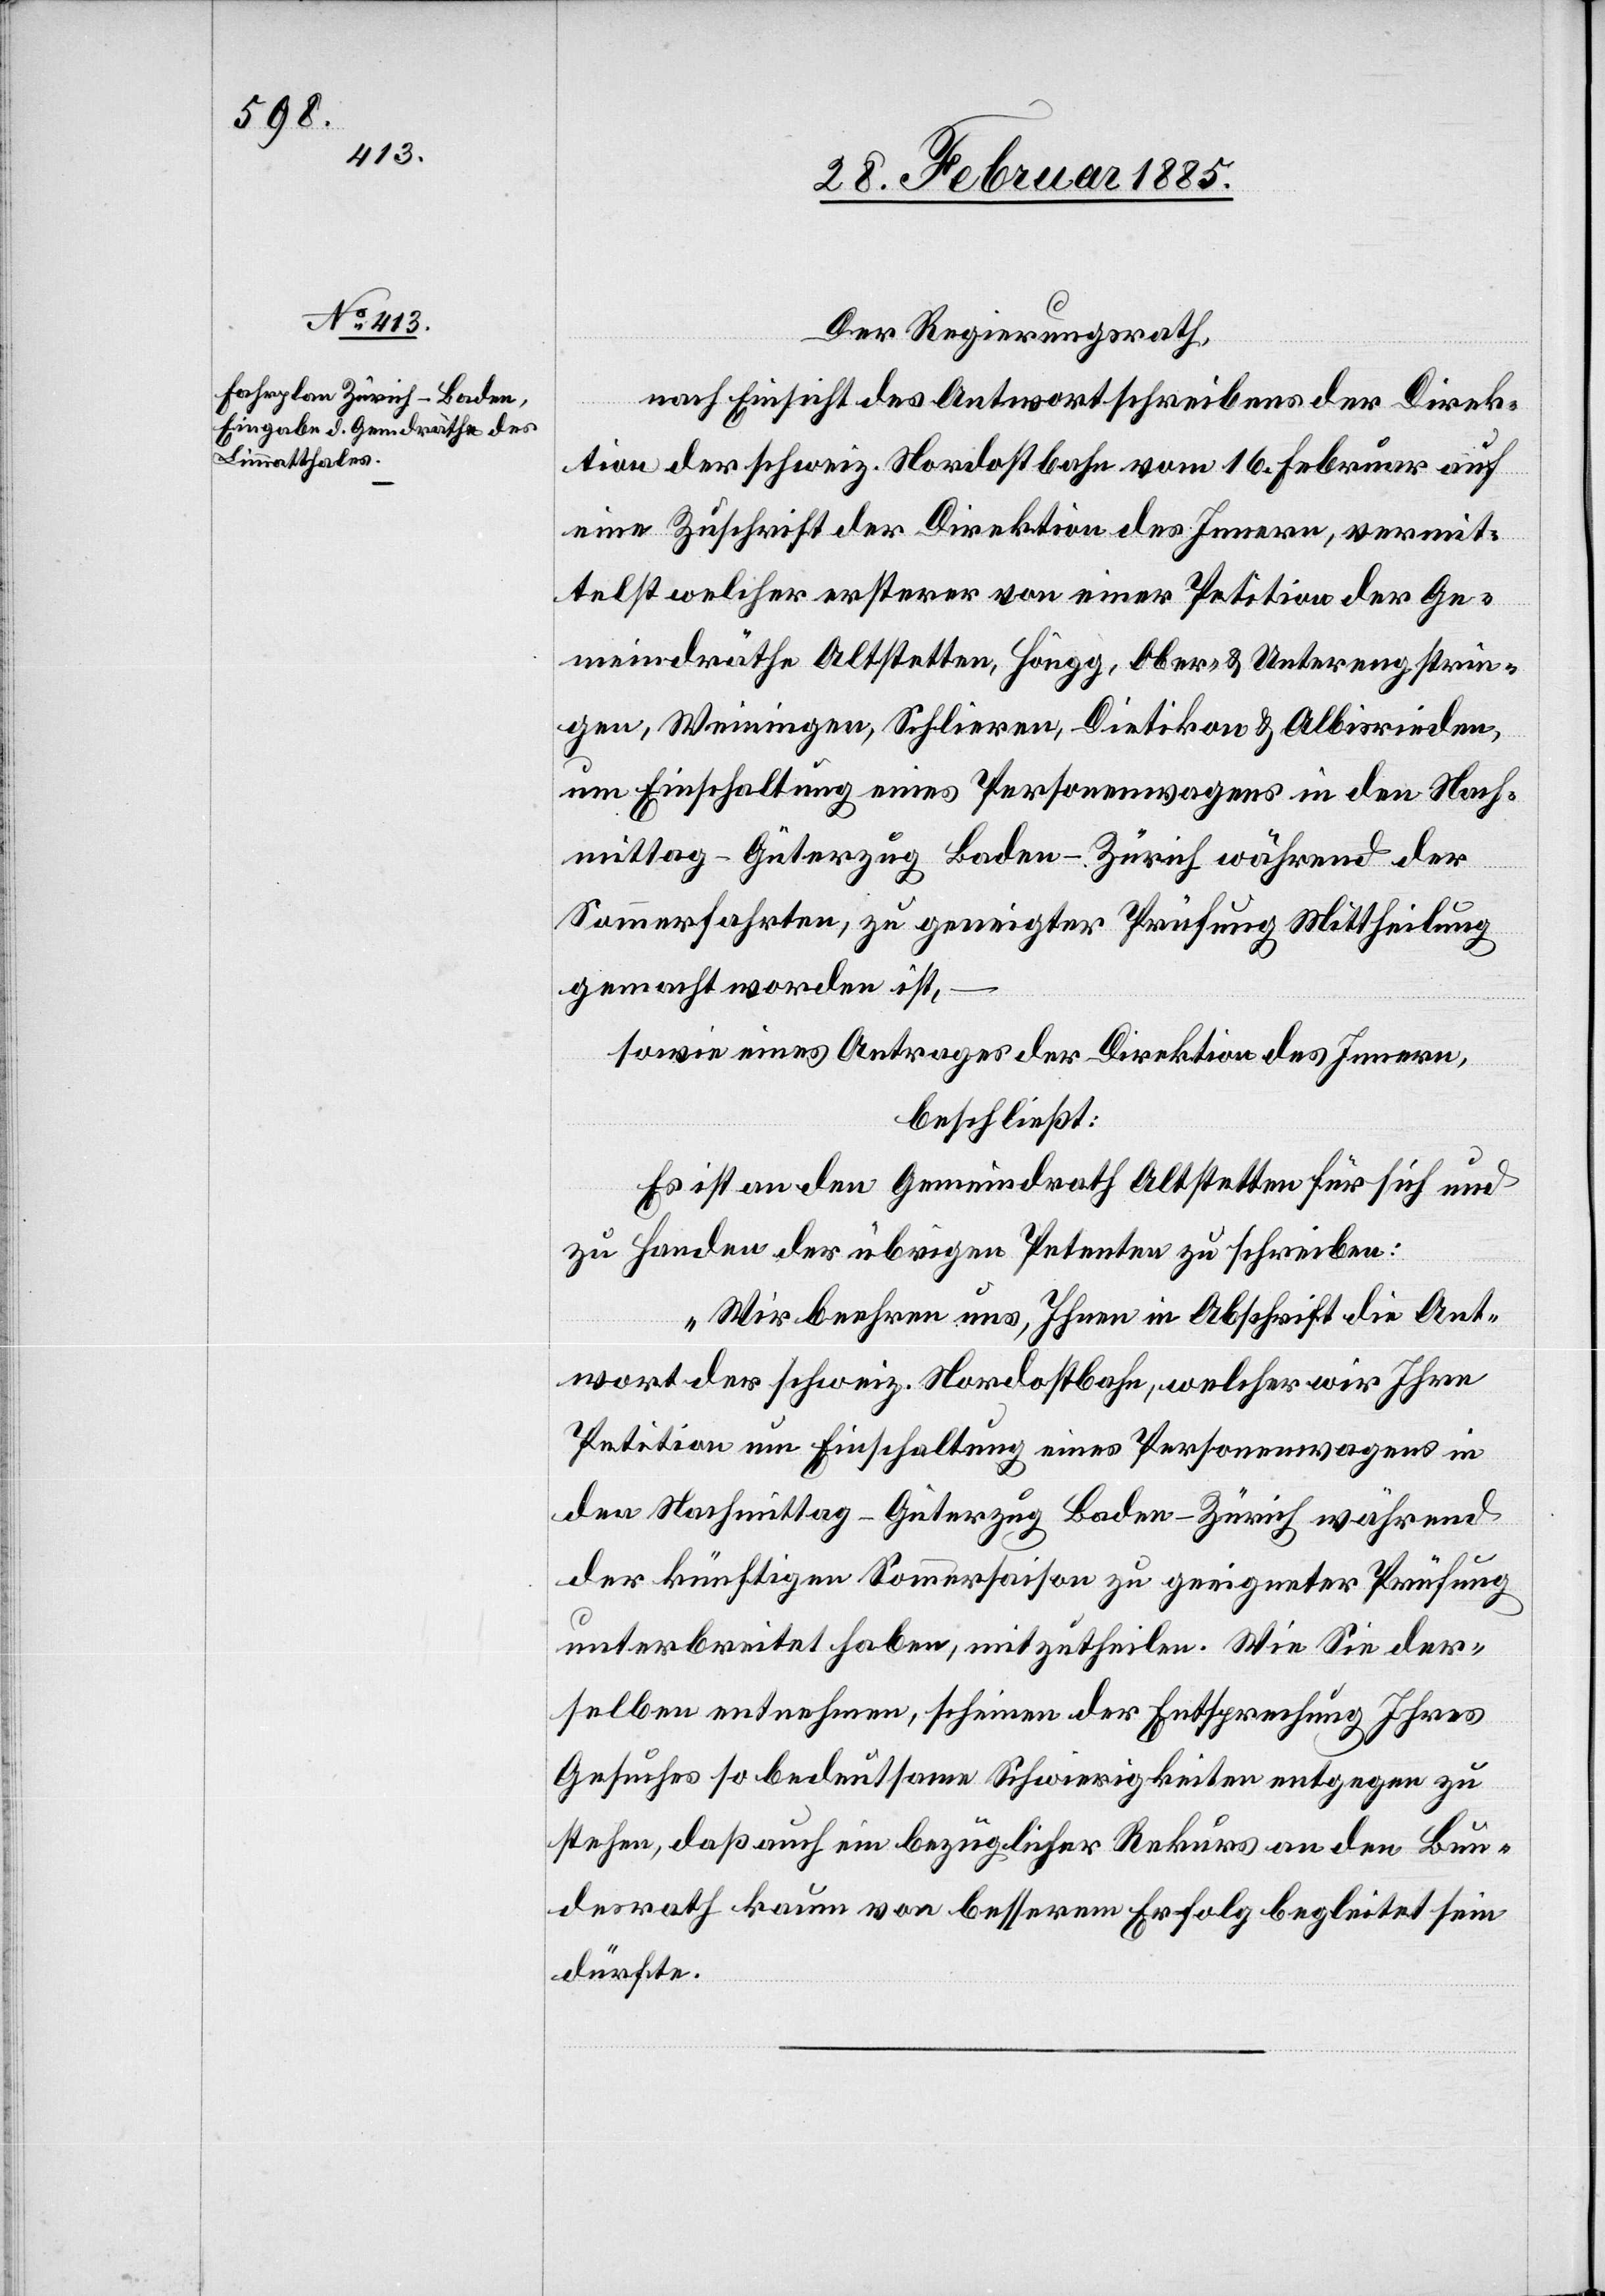
Der Regierungsrath,
nach Einsicht des Antwortschreibens der Direk¬
tion der schweiz. Nordostbahn vom 16. Februar auf
eine Zuschrift der Direktion des Innern, vermit¬
telst welcher ersterer von einer Petition der Ge¬
meindräthe Altstetten, Höngg, Ober- & Unterengstrin¬
gen, Weiningen, Schlieren, Dietikon & Albisrieden,
um Einschaltung eines Personenwagens in den Nach¬
mittag-Güterzug Baden–Zürich während der
Sommerfahrten, zu geneigter Prüfung Mittheilung
gemacht worden ist,
–
sowie eines Antrages der Direktion des Innern,
beschließt:
Es ist an den Gemeindrath Altstetten für sich und
zu Handen der übrigen Petenten zu schreiben:
„Wir beehren uns, Ihnen in Abschrift die Ant¬
wort der schweiz. Nordostbahn, welcher wir Ihre
Petition um Einschaltung eines Personenwagens in
den Nachmittag-Güterzug Baden–Zürich während
der künftigen Sommersaison zu geeigneter Prüfung
unterbreitet haben, mitzutheilen. Wie Sie der¬
selben entnehmen, scheinen der Entsprechung Ihres
Gesuches so bedeutsame Schwierigkeiten entgegen zu
stehen, daß auch ein bezüglicher Rekurs an den Bun¬
desrath kaum von besserem Erfolg begleitet sein
dürfte.